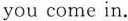
you come in.